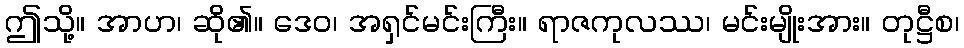
ဤသို့။ အာဟ၊ ဆို၏။ ဒေဝ၊ အရှင်မင်းကြီး။ ရာဇကုလဿ၊ မင်းမျိုးအား။ တုဋ္ဌီစ၊